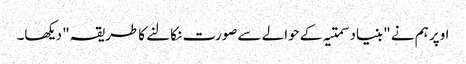
اوپر ہم نے "بنیاد سمتیہ کے حوالے سے صورت نکالنے کا طریقہ" دیکھا۔